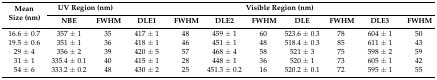
<table><thead><tr><td rowspan="2"><b>Mean Size (nm)</b></td><td colspan="2"><b>UV Region (nm)</b></td><td colspan="8"><b>Visible Region (nm)</b></td></tr><tr><td><b>NBE</b></td><td><b>FWHM</b></td><td><b>DLE1</b></td><td><b>FWHM</b></td><td><b>DLE2</b></td><td><b>FWHM</b></td><td><b>DLE</b></td><td><b>FWHM</b></td><td><b>DLE3</b></td><td><b>FWHM</b></td></tr></thead><tbody><tr><td>16.6 ± 0.7</td><td>357 ± 1</td><td>35</td><td>417 ± 1</td><td>48</td><td>459 ± 1</td><td>60</td><td>523.6 ± 0.3</td><td>78</td><td>604 ± 1</td><td>50</td></tr><tr><td>19.5 ± 0.6</td><td>351 ± 1</td><td>36</td><td>418 ± 1</td><td>46</td><td>451 ± 1</td><td>48</td><td>518.4 ± 0.3</td><td>85</td><td>611 ± 1</td><td>43</td></tr><tr><td>29 ± 4</td><td>356 ± 2</td><td>39</td><td>420 ± 5</td><td>57</td><td>468 ± 4</td><td>58</td><td>521 ± 3</td><td>75</td><td>598 ± 2</td><td>59</td></tr><tr><td>31 ± 1</td><td>335.4 ± 0.1</td><td>40</td><td>415 ± 1</td><td>28</td><td>448 ± 1</td><td>36</td><td>520 ± 1</td><td>73</td><td>605 ± 1</td><td>42</td></tr><tr><td>54 ± 6</td><td>333.2 ± 0.2</td><td>48</td><td>430 ± 2</td><td>25</td><td>451.3 ± 0.2</td><td>16</td><td>520.2 ± 0.1</td><td>72</td><td>595 ± 1</td><td>55</td></tr></tbody></table>